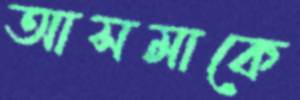
আসমাকে